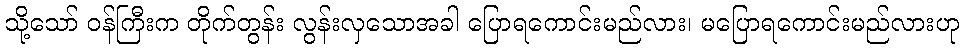
သို့သော် ဝန်ကြီးက တိုက်တွန်း လွန်းလှသောအခါ ပြောရကောင်းမည်လား၊ မပြောရကောင်းမည်လားဟု